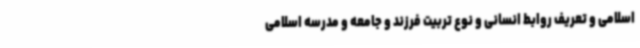
اسلامی و تعریف روابط انسانی و نوع تربیت فرزند و جامعه و مدرسه اسلامی